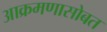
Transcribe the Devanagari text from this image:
आक्रमणासोबत